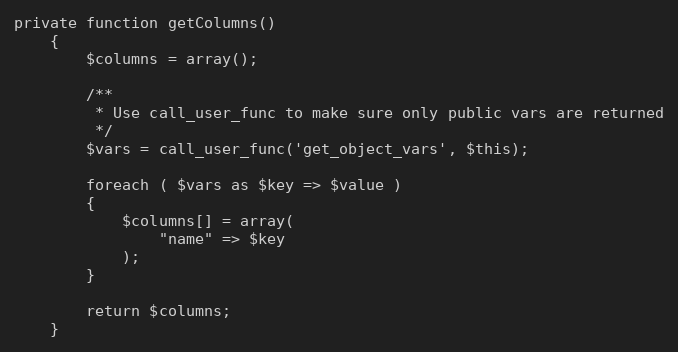
Language: PHP
private function getColumns()
    {
        $columns = array();

        /**
         * Use call_user_func to make sure only public vars are returned
         */
        $vars = call_user_func('get_object_vars', $this);

        foreach ( $vars as $key => $value )
        {
            $columns[] = array(
                "name" => $key
            );
        }

        return $columns;
    }